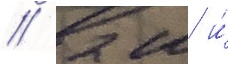
/ 2 м и́